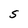
Character: S